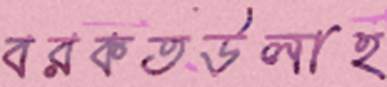
বরকতউলাহ